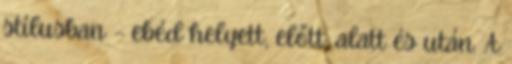
stílusban – ebéd helyett, előtt, alatt és után. A